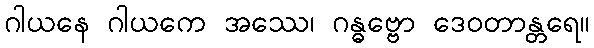
ဂါယနေ ဂါယကေ အဿေ၊ ဂန္ဓဗ္ဗော ဒေဝတာန္တရေ။